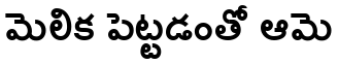
మెలిక పెట్టడంతో ఆమె